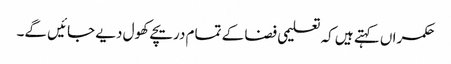
حکمراں کہتے ہیں کہ تعلیمی فضا کے تمام دریچے کھول دیے جائیں گے۔